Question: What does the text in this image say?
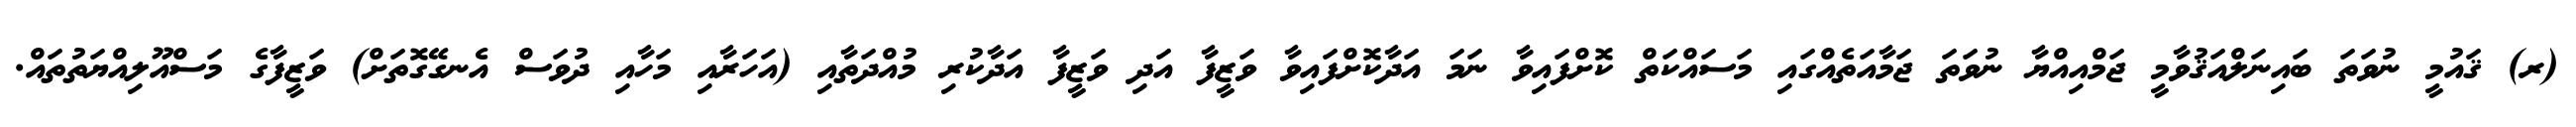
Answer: (ރ) ޤައުމީ ނުވަތަ ބައިނަލްއަޤުވާމީ ޖަމްއިއްޔާ ނުވަތަ ޖަމާއަތެއްގައި މަސައްކަތް ކޮށްފައިވާ ނަމަ އަދާކޮށްފައިވާ ވަޒީފާ އަދި ވަޒީފާ އަދާކުރި މުއްދަތާއި (އަހަރާއި މަހާއި ދުވަސް އެނގޭގޮތަށް) ވަޒީފާގެ މަސްއޫލިއްޔަތުތައް.